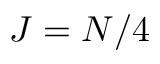
J = N / 4